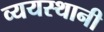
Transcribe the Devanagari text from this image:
व्ययस्थानी